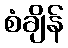
စံချိန်